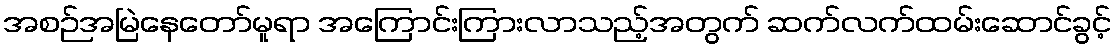
အစဉ်အမြဲနေတော်မူရာ အကြောင်းကြားလာသည့်အတွက် ဆက်လက်ထမ်းဆောင်ခွင့်